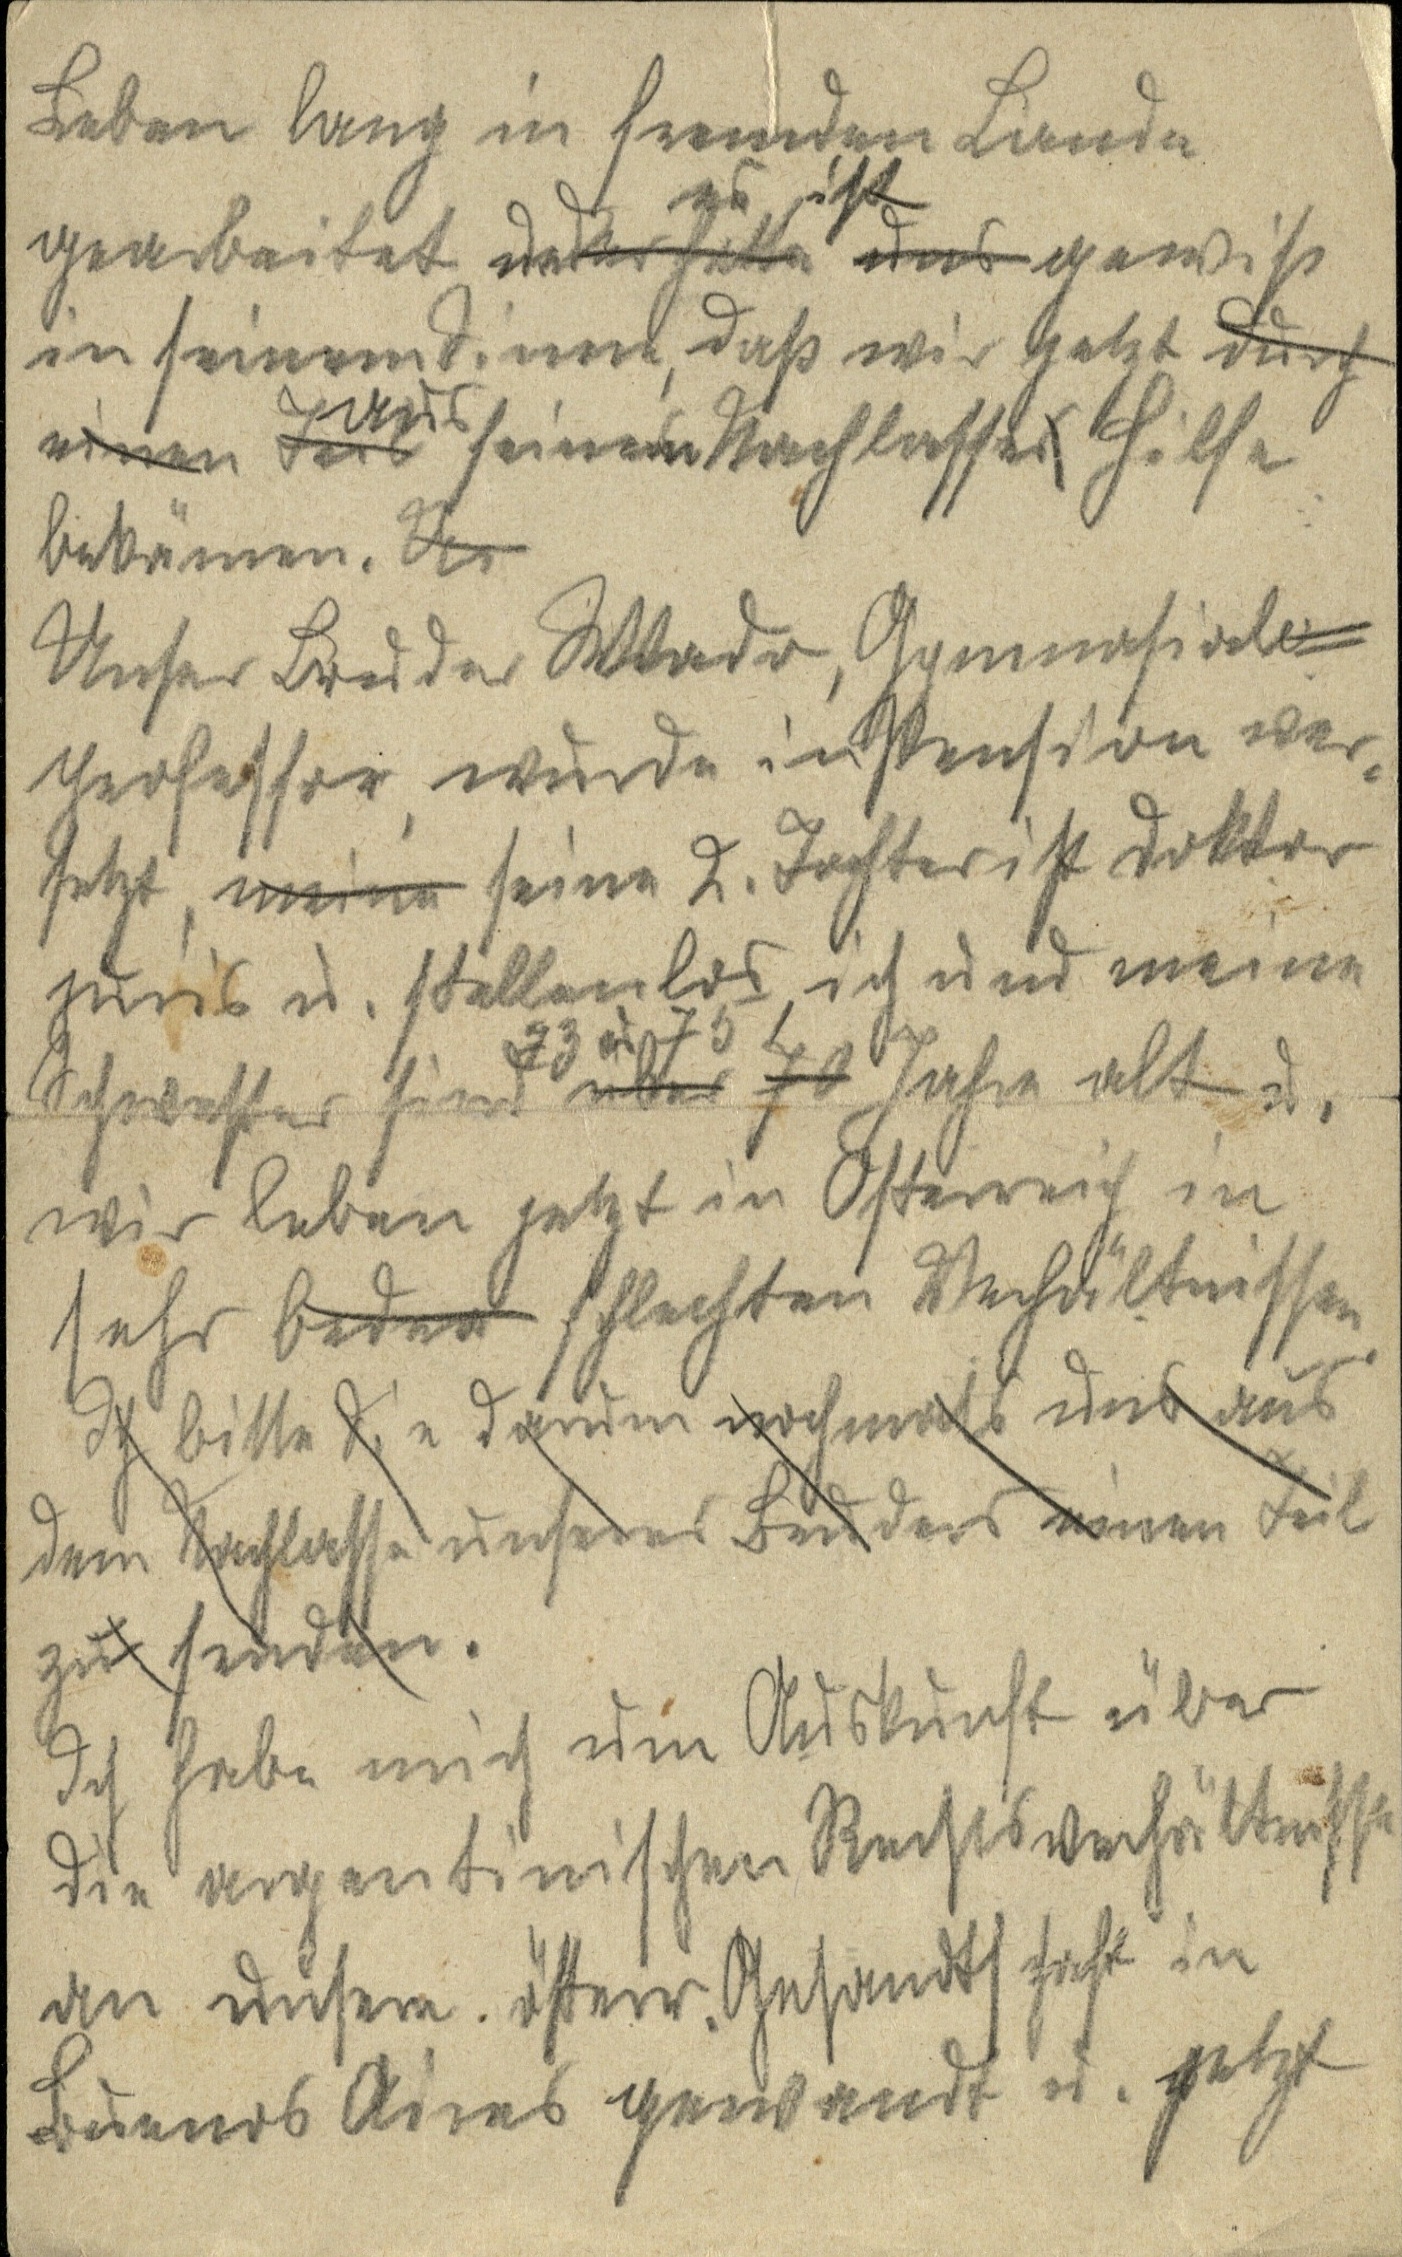
Leben lang in fremden Lande
gearbeitet uu er es hatte ist uns gewiss
in seinem Sinne, dass wir jetzt durch
einen Teil aus seinem Nachlasses Hilfe
bekämen. Un
Unser Bruder Wlado, Gymnasiale¬
professor, wurde in Pension ver¬
setzt, meine seine 2. Tochter ist Doktor
juris u. stellenlos, ich und meine
Schwester sind 73 u über 70 75 Jahre alt. u
Wir leben jetzt in Osterreich in
sehr beden schlechten Verhältnissen.
Ich bitte Sie darum nochmals uns aus
dem Nachlasse unseres Bruders einen Teil
zu senden.
Ich habe mich um Auskünfte über
die argentinischen Rechtsverhältnisse
an unsere. österr. Gesandtschaft in
Buenos Aires gewandt u. jetzt